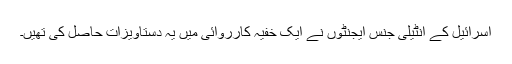
اسرائیل کے انٹیلی جنس ایجنٹوں نے ایک خفیہ کارروائی میں یہ دستاویزات حاصل کی تھیں۔